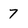
Character: 7